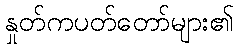
နှုတ်ကပတ်တော်များ၏